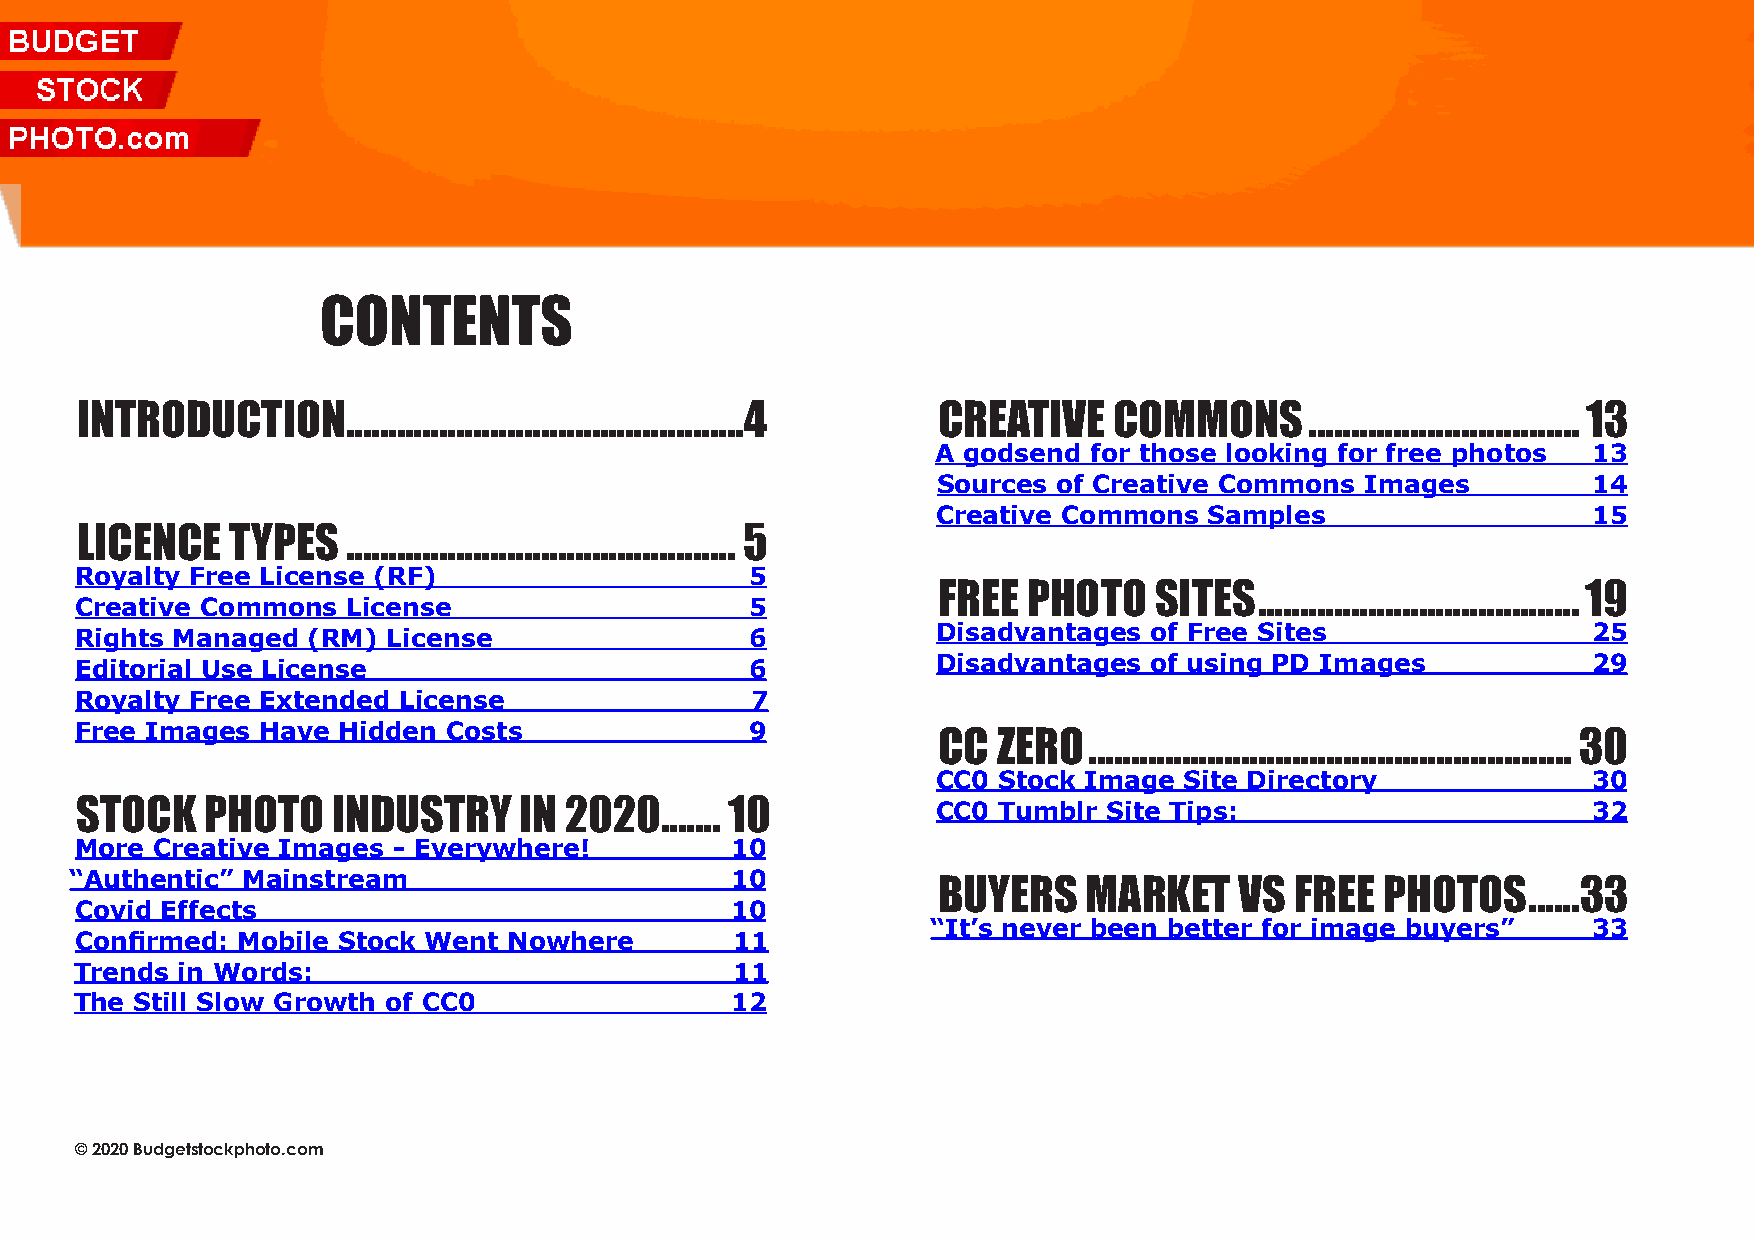
BudgetStockPhoto.com 2020 Stock Photo Resource Book| 2
 Contents
 IntRoDUCtIon      ...............................................4 CReatIve Commons ................................ 13
 A godsend for those looking for free photos 13
 Sources of Creative Commons Images         14
 Creative Commons  Samples                  15
 lICenCe   types   .............................................. 5
 Royalty Free License (RF)                    5
 FRee  photo   sItes  ......................................19
 Creative Commons  License                    5
 Rights Managed (RM)  License                 6           Disadvantages of Free Sites                25
 Editorial Use License                        6           Disadvantages of using PD Images           29
 Royalty Free Extended License                7
 Free Images Have Hidden  Costs               9
 CC  ZeRo  ......................................................... 30
 CC0 Stock Image Site Directory             30
 stoCk    photo   InDUstRy    In 2020....... 10           CC0 Tumblr Site Tips:                      32
 More Creative Images - Everywhere!         10
 “Authentic” Mainstream                     10
 BUyeRs    maRket    vs  FRee  photos   ......33
 Covid Effects                              10
 “It’s never been better for image buyers”  33
 Confirmed: Mobile Stock Went Nowhere        11
 Trends in Words:                            11
 The Still Slow Growth of CC0               12
 © 2020 Budgetstockphoto.com